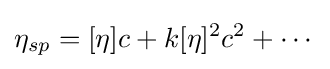
\eta _{sp}=[\eta ]c+k[\eta ]^{2}c^{2}+\cdots